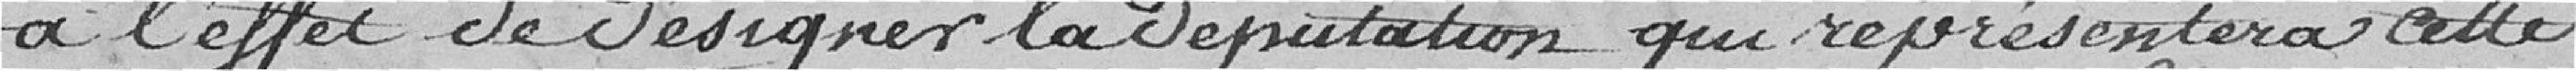
à l'effet de désigner la députation qui représentera cette